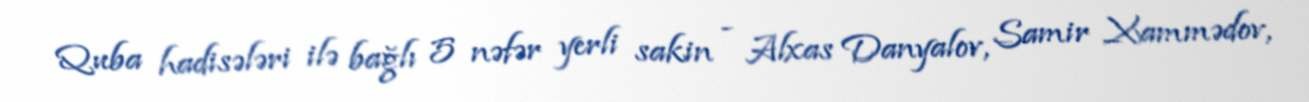
Quba hadisələri ilə bağlı 5 nəfər yerli sakin - Alxas Danyalov, Samir Xammədov,